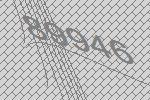
89946